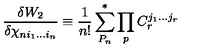
{ \frac { \delta W _ { 2 } } { \delta \chi _ { n i _ { 1 } . . . i _ { n } } } } \equiv { \frac { 1 } { n ! } } \sum _ { P _ { n } } ^ { * } \prod _ { p } C _ { r } ^ { j _ { 1 } . . . j _ { r } }